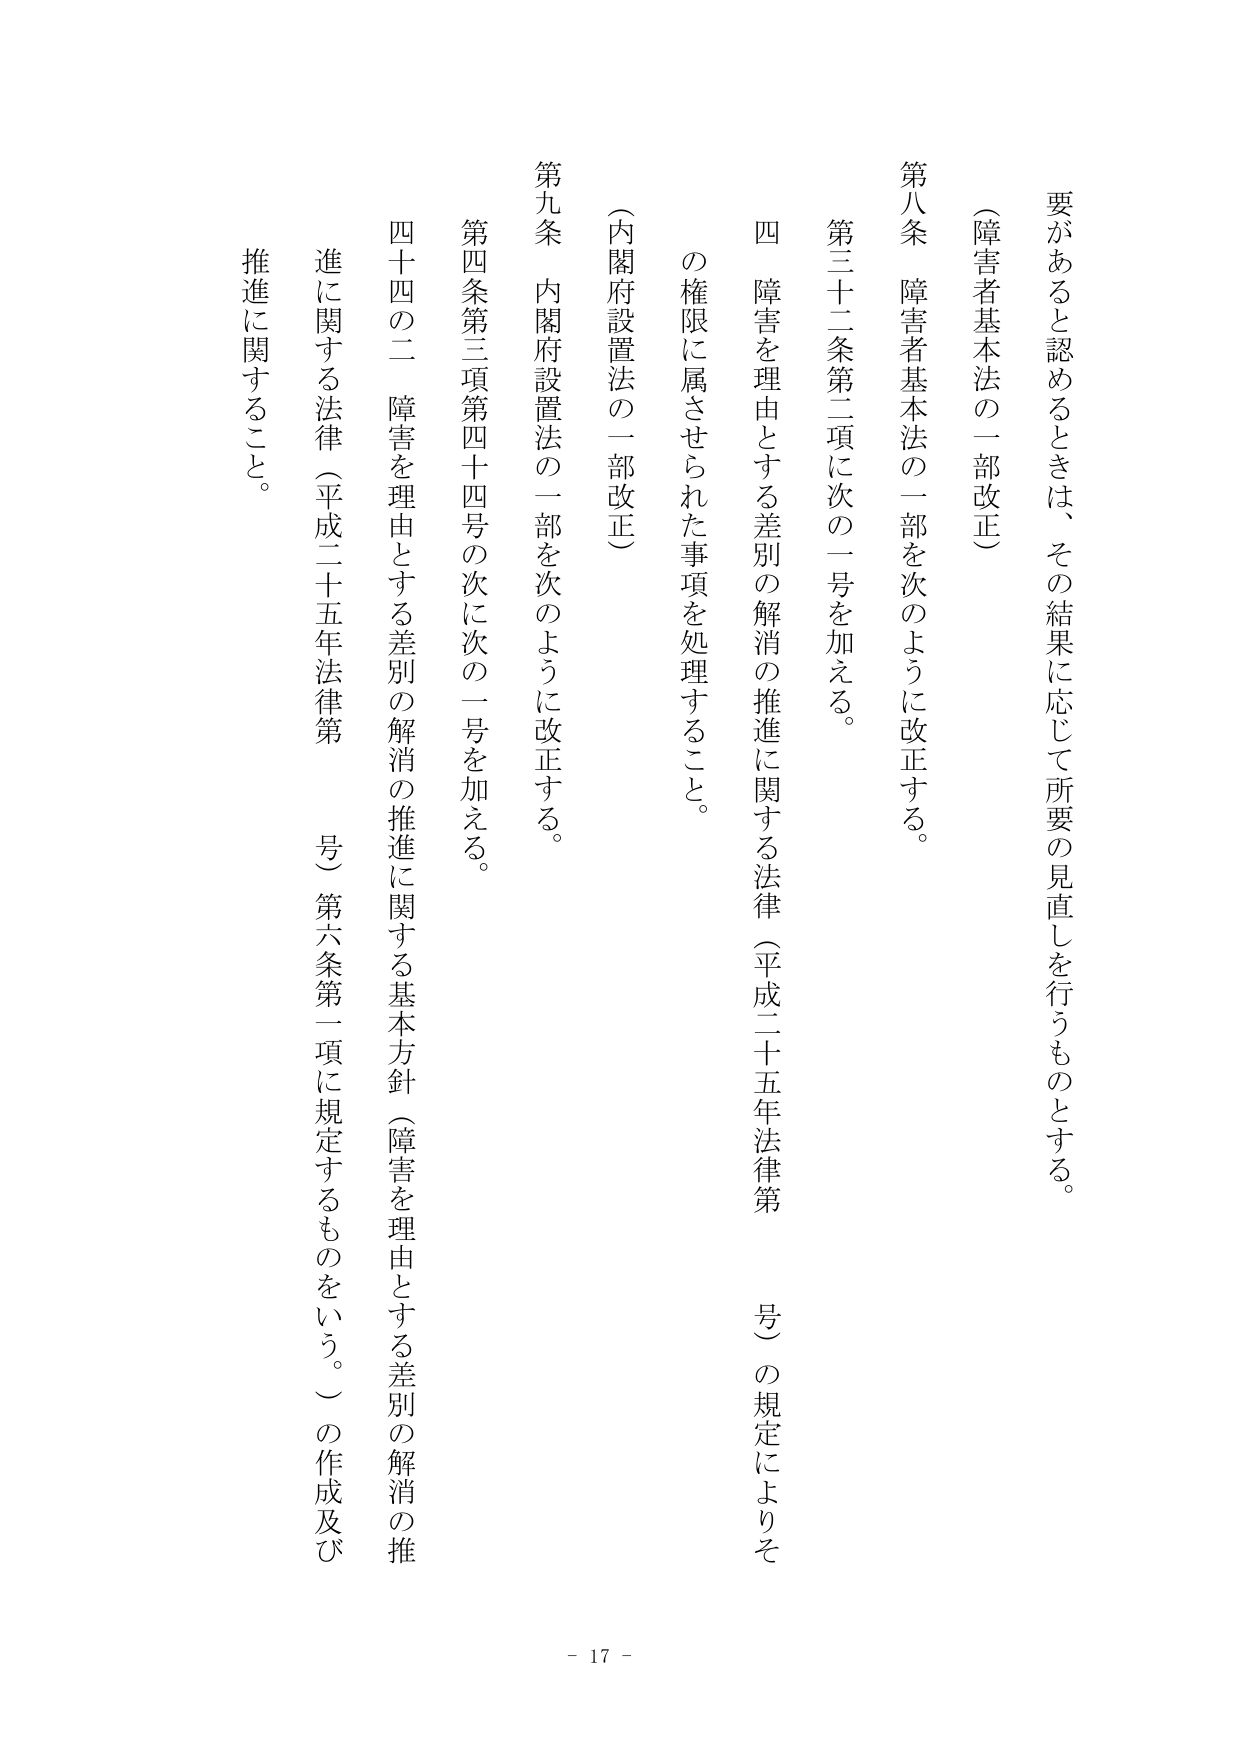
要があると認めるときは、その結果に応じて所要の見直しを行うものとする。

（障害者基本法の一部改正）

第八条 障害者基本法の一部を次のように改正する。

第三十二条第二項に次の一号を加える。

四 障害を理由とする差別の解消の推進に関する法律（平成二十五年法律第　　号）の規定によりその権限に属させられた事項を処理すること。

（内閣府設置法の一部改正）

第九条 内閣府設置法の一部を次のように改正する。

第四条第三項第四十四号の次に次の一号を加える。

四十四の二 障害を理由とする差別の解消の推進に関する基本方針（障害を理由とする差別の解消の推進に関する法律（平成二十五年法律第　　号）第六条第一項に規定するものをいう。）の作成及び推進に関すること。

- 17 -